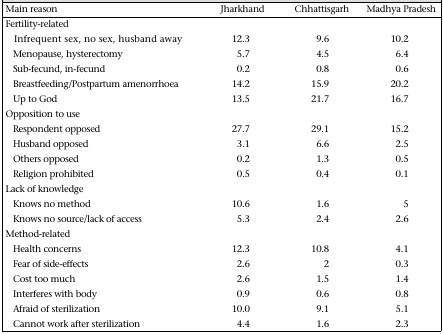
<table><thead><tr><td><b>Main reason</b></td><td><b>Jharkhand</b></td><td><b>Chhattisgarh</b></td><td><b>Madhya Pradesh</b></td></tr></thead><tbody><tr><td>Fertility-related</td><td>[EMPTY_CELL]</td><td>[EMPTY_CELL]</td><td>[EMPTY_CELL]</td></tr><tr><td>Infrequent sex, no sex, husband away</td><td>12.3</td><td>9.6</td><td>10.2</td></tr><tr><td>Menopause, hysterectomy</td><td>5.7</td><td>4.5</td><td>6.4</td></tr><tr><td>Sub-fecund, in-fecund</td><td>0.2</td><td>0.8</td><td>0.6</td></tr><tr><td>Breastfeeding/Postpartum amenorrhoea</td><td>14.2</td><td>15.9</td><td>20.2</td></tr><tr><td>Up to God</td><td>13.5</td><td>21.7</td><td>16.7</td></tr><tr><td>Opposition to use</td><td>[EMPTY_CELL]</td><td>[EMPTY_CELL]</td><td>[EMPTY_CELL]</td></tr><tr><td>Respondent opposed</td><td>27.7</td><td>29.1</td><td>15.2</td></tr><tr><td>Husband opposed</td><td>3.1</td><td>6.6</td><td>2.5</td></tr><tr><td>Others opposed</td><td>0.2</td><td>1.3</td><td>0.5</td></tr><tr><td>Religion prohibited</td><td>0.5</td><td>0.4</td><td>0.1</td></tr><tr><td>Lack of knowledge</td><td>[EMPTY_CELL]</td><td>[EMPTY_CELL]</td><td>[EMPTY_CELL]</td></tr><tr><td>Knows no method</td><td>10.6</td><td>1.6</td><td>5</td></tr><tr><td>Knows no source/lack of access</td><td>5.3</td><td>2.4</td><td>2.6</td></tr><tr><td>Method-related</td><td>[EMPTY_CELL]</td><td>[EMPTY_CELL]</td><td>[EMPTY_CELL]</td></tr><tr><td>Health concerns</td><td>12.3</td><td>10.8</td><td>4.1</td></tr><tr><td>Fear of side-effects</td><td>2.6</td><td>2</td><td>0.3</td></tr><tr><td>Cost too much</td><td>2.6</td><td>1.5</td><td>1.4</td></tr><tr><td>Interferes with body</td><td>0.9</td><td>0.6</td><td>0.8</td></tr><tr><td>Afraid of sterilization</td><td>10.0</td><td>9.1</td><td>5.1</td></tr><tr><td>Cannot work after sterilization</td><td>4.4</td><td>1.6</td><td>2.3</td></tr></tbody></table>